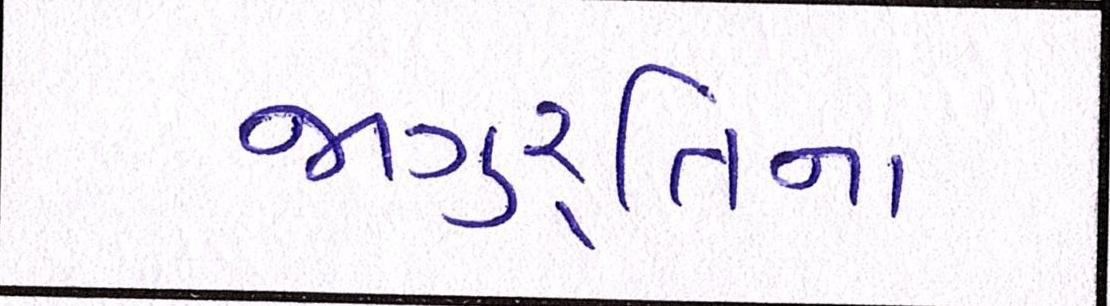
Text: જાગુ્રતિના